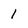
Character: 1